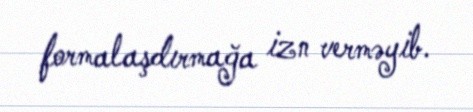
formalaşdırmağa izn verməyib.